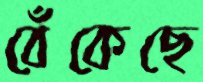
বেঁকেছে